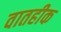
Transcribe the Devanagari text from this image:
वातहीक